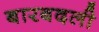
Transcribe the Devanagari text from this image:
बारबदली